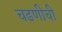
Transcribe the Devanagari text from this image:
चढणीची